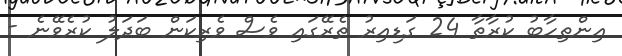
އިންތިހާބު ކުރާތާ 24 ގަޑިއިރު ތެރޭގައި ވެސް ވެރިކަން ބަދަލު ކުރެވޭނެ -